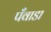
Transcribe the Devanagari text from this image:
पँवाडा